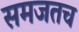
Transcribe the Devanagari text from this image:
समजतच